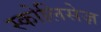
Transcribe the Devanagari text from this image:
स्कोलिसेज़